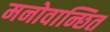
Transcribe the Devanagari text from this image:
मनोवान्छित